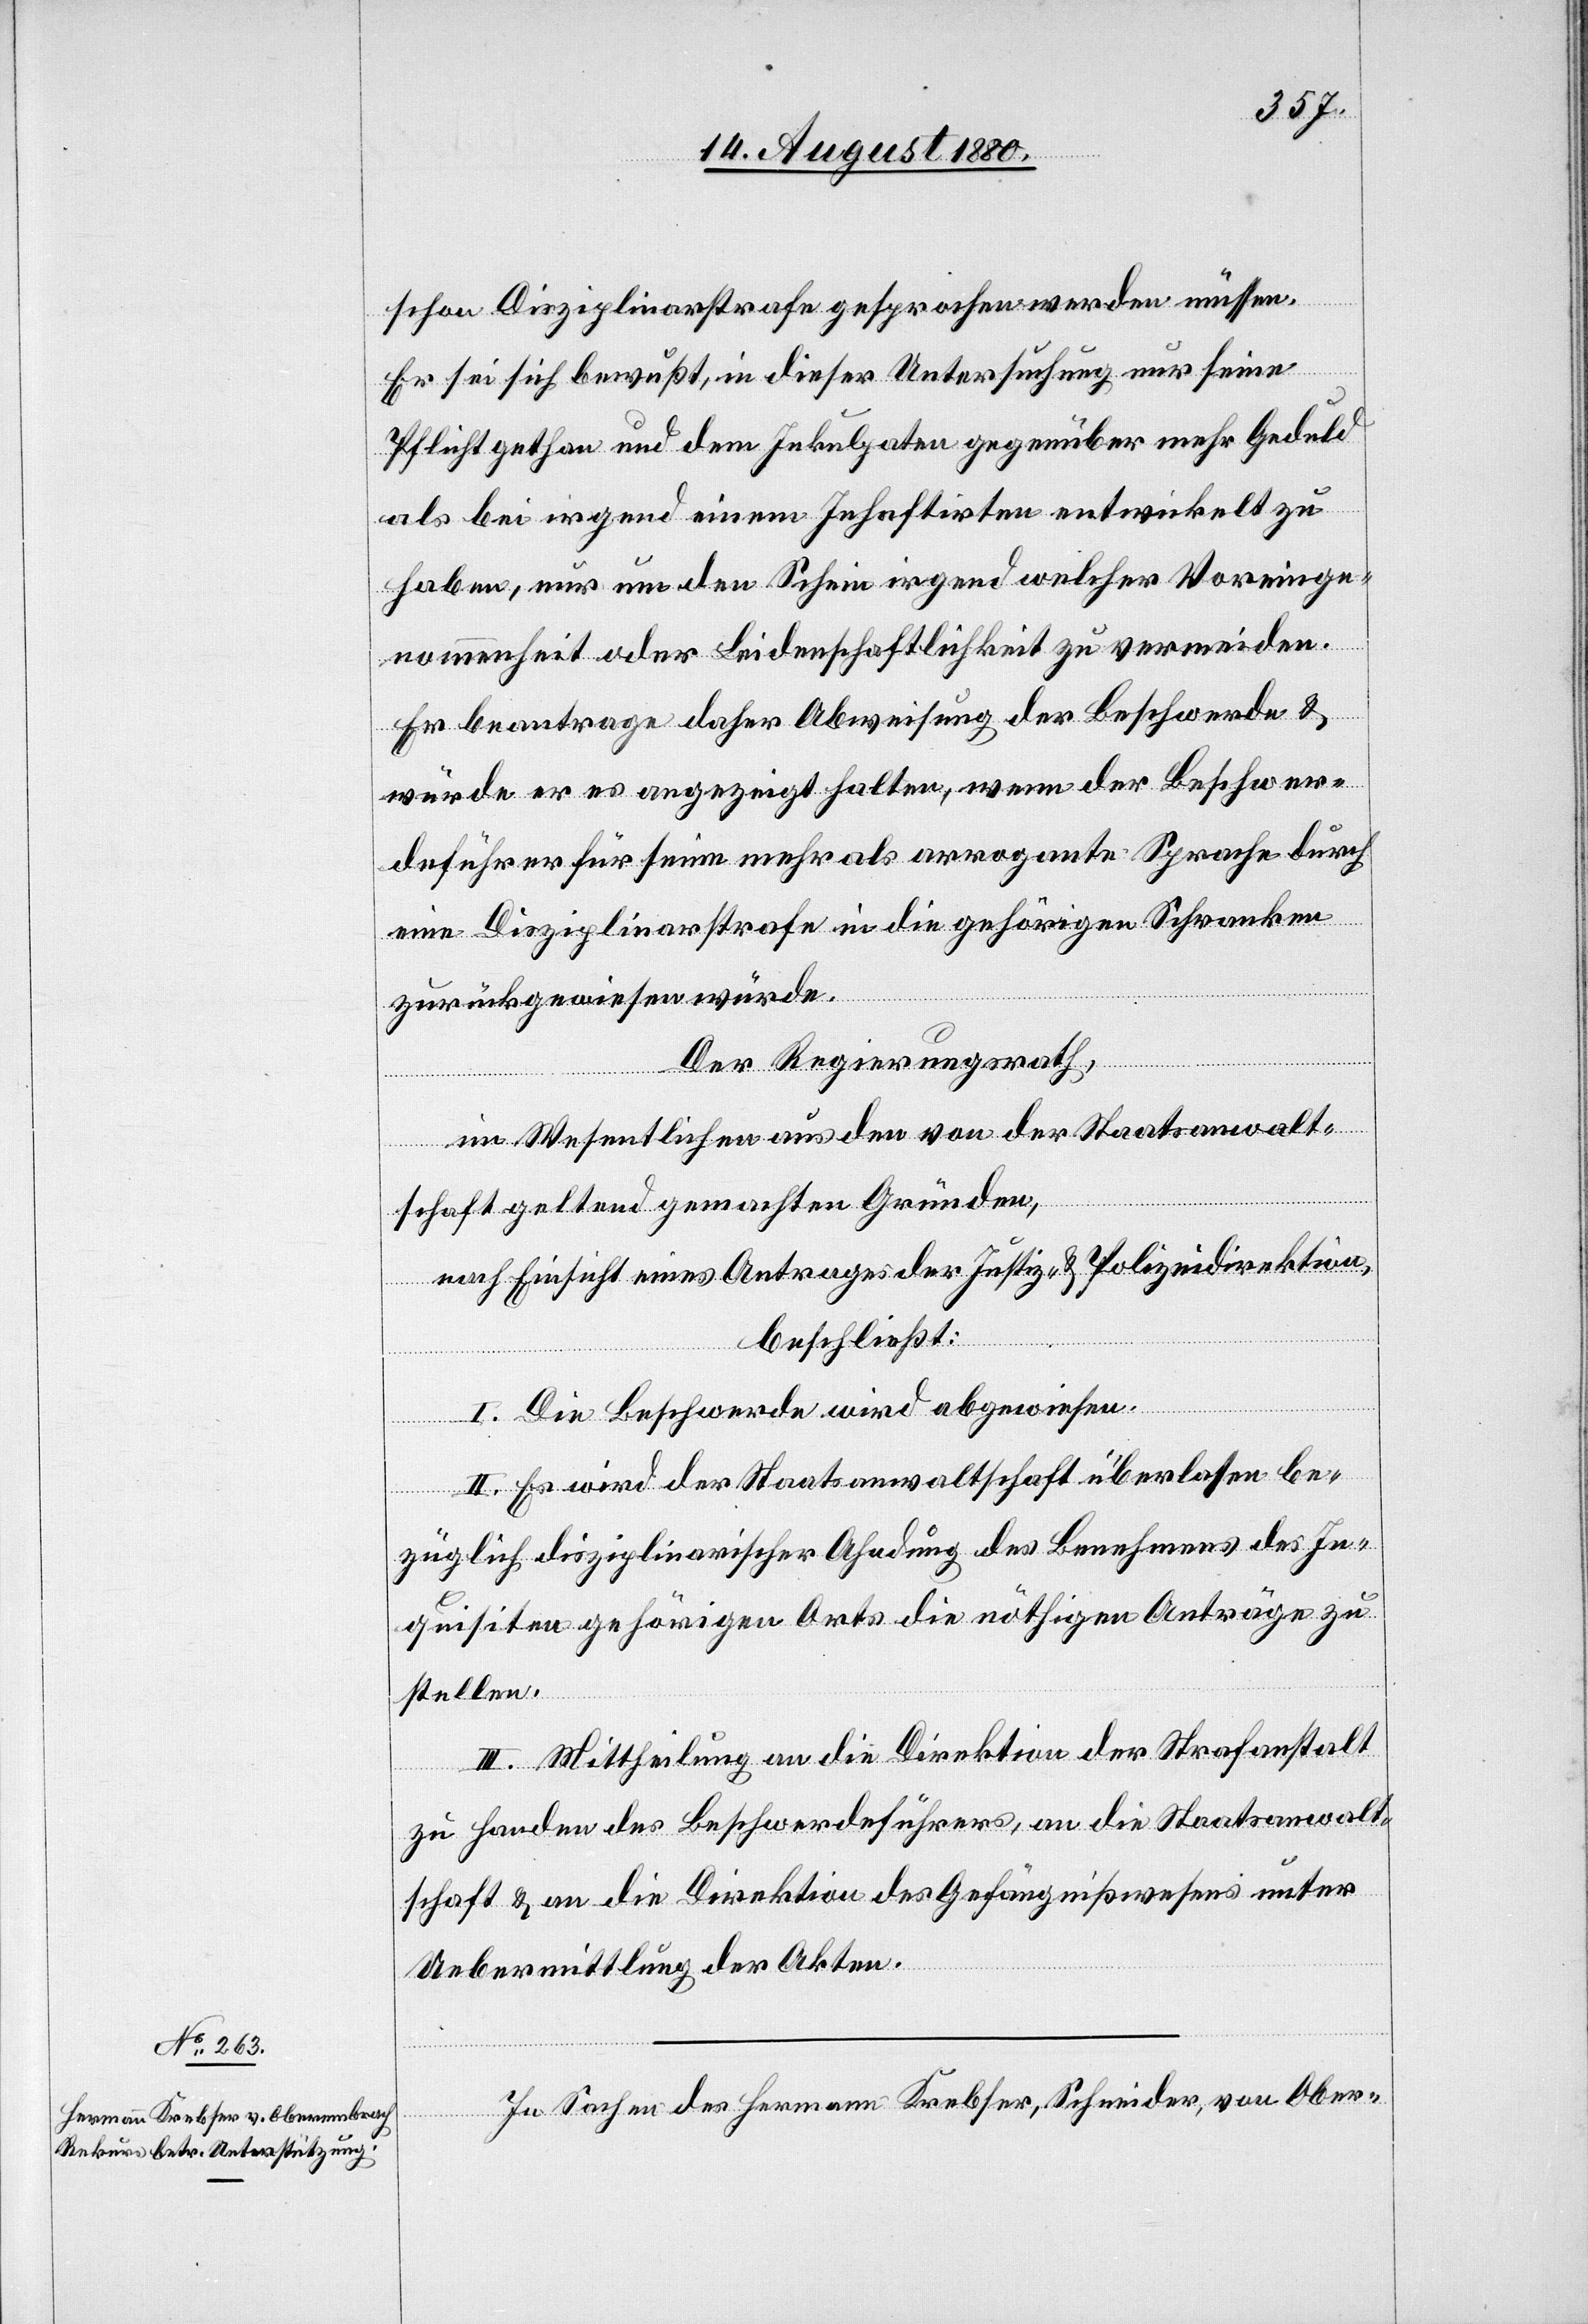
schon Disziplinarstrafe gesprochen werden müssen.
Er sei sich bewußt, in dieser Untersuchung nur seine
Pflicht gethan und dem Inkulpaten gegenüber mehr Geduld
als bei irgend einem Inhaftirten entwickelt zu
haben, nur um den Schein irgend welcher Voreinge¬
nommenheit oder Leidenschaftlichkeit zu vermeiden.
Er beantrage daher Abweisung der Beschwerde &
würde er es angezeigt halten, wenn der Beschwer¬
deführer für seine mehr als arrogante Sprach durch
eine Disziplinarstrafe in die gehörigen Schranken
zurückgewiesen würde.
Der Regierungsrath,
im Wesentlichen aus den von der Staatsanwalt¬
schaft geltend gemachten Gründen,
nach Einsicht eines Antrages der Justiz- & Polizeidirektion,
beschließt:
I. Die Beschwerde wird abgewiesen.
II. Es wird der Staatsanwaltschaft überlassen be¬
züglich disziplinarischer Ahndung des Benehmens des In¬
quisiten gehörigen Orts die nöthigen Anträge zu
stellen.
III. Mittheilung an die Direktion der Strafanstalt
zu Handen des Beschwerdeführers, an die Staatsanwalt¬
schaft & an die Direktion des Gefängnißwesens unter
Uebermittlung der Akten.
In Sachen des Hermann Krebser, Schneider, von Ober-